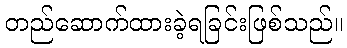
တည်ဆောက်ထားခဲ့ရခြင်းဖြစ်သည်။